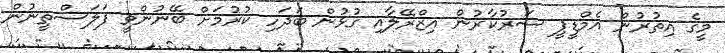
މީގެ އިތުރުން އެމްޑީޕީ ސަރުކާރުން އިޒްރޭލާއި ގުޅުން ބަދަހި ކުރުމަށް ބޭނުންވީ ފަލަސްތީނުން